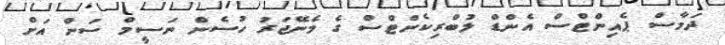
ދަމާސް ޕެއިންޓްސް އެންޑް ލުބްރިކެންޓްސް ގެ މެނޭޖަރު ހުސެން ނަސީމް ސަން އަށް